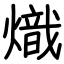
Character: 熾